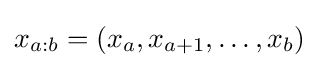
x_{a:b}=(x_{a},x_{a+1},\ldots ,x_{b})